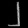
Digit: ၂